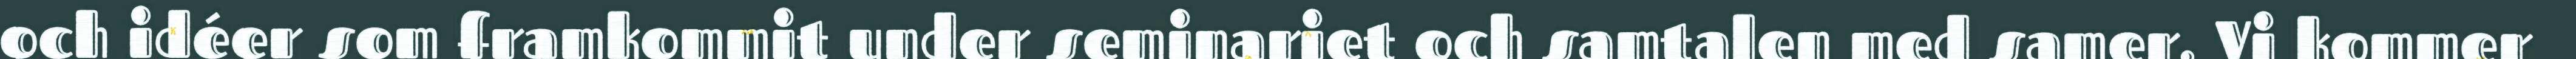
och idéer som framkommit under seminariet och samtalen med samer. Vi kommer